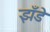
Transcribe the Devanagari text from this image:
झँडे